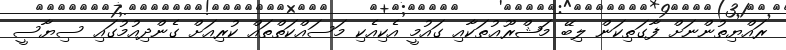
ރައްޔިތުންނަށް ފާގަތިކަން ލިބޭ މަޝްރޫޢުތަކާއި ގައުމީ އެކިއެކި މަސައްކަތްތައް ކުރިއަށް ގެންދިއުމުގައި ސިޔާސީ